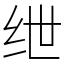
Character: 绁